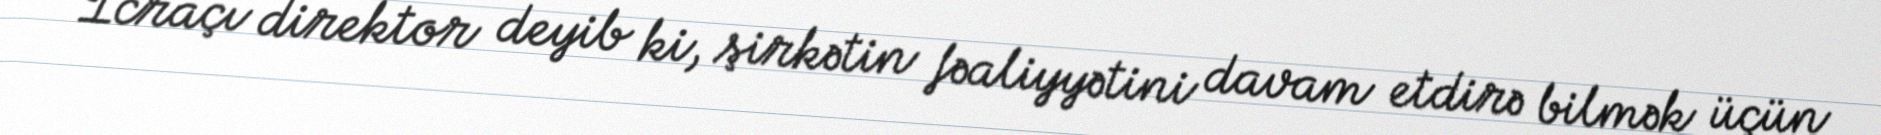
İcraçı direktor deyib ki, şirkətin fəaliyyətini davam etdirə bilmək üçün